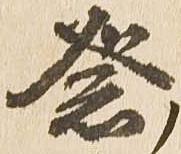
祭